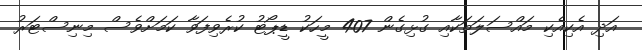
އަދި އެކިއެކި މައްސަލަތަކާއި ގުޅިގެން 407 މީހަކު ޑީޕޯޓު ކުރެވިފަވާ ކަމަށްވެސް މިނިސްޓަރު